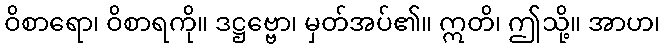
ဝိစာရော၊ ဝိစာရကို။ ဒဋ္ဌဗ္ဗော၊ မှတ်အပ်၏။ ဣတိ၊ ဤသို့။ အာဟ၊